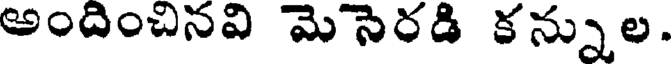
అందించినవి మెసెరడి కన్నుల.